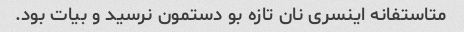
متاستفانه اینسری نان تازه بو دستمون نرسید و بیات بود.